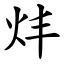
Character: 炐